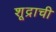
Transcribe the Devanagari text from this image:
शूद्राची